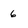
Character: 6